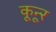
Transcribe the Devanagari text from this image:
कून्‍ूर